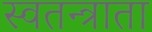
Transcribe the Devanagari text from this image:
स्वतन्त्राता